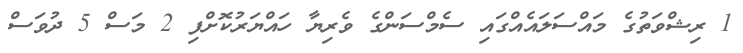
1 ރިޝްވަތުގެ މައްސަލައެއްގައި ސެމްސަންގެ ވެރިޔާ ހައްޔަރުކޮށްފި 2 މަސް 5 ދުވަސް